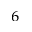
_ 6